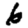
Digit: 6